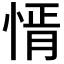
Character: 𢝒